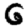
Digit: 6